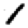
Digit: 1